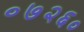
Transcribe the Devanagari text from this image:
०७२६०